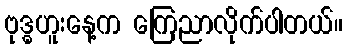
ဗုဒ္ဓဟူးနေ့က ကြေညာလိုက်ပါတယ်။